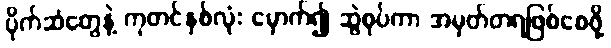
ပိုက်ဆံတွေနဲ့ ကုတင်နှစ်လုံး မှောက်၍ ဆွဲစုပ်ကာ အမှတ်တရဖြစ်စေဖို့